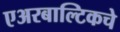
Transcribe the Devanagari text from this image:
एअरबाल्टिकचे